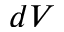
d V